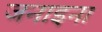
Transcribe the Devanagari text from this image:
जनाइना